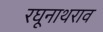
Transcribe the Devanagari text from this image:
रघूनाथराव